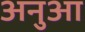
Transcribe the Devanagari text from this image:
अनुआ